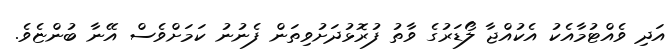
އަދި ވެއްޓުމާއެކު އެކުއްޖާ ލޯޑަރުގެ ވާތު ފުރޮޅުދަށުވިތަން ފެނުނު ކަމަށްވެސް އޭނާ ބުންޏެވެ.